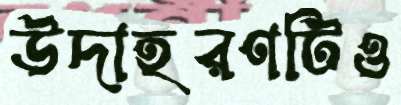
উদাহরণটিও